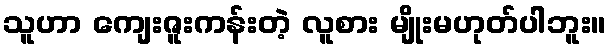
သူဟာ ကျေးဇူးကန်းတဲ့ လူစား မျိုးမဟုတ်ပါဘူး။